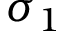
\sigma _ { 1 }